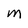
Character: M